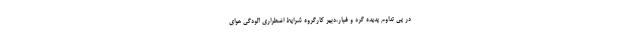
در پی تداوم پدیده گرد و غبار،دبیر کارگروه شرایط اضطراری آلودگی هوای